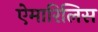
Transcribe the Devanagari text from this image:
ऐमारिलिस